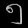
Digit: ၅